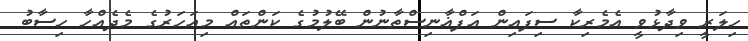
ހިލަރީ ވިދާޅުވީ އެމެރިކާ ސިފައިން އަފްޣާނިސްތާނުން ބޭލުމުގެ ކަންތައް މިއަހަރުގެ މެދެއްހާ ހިސާބު